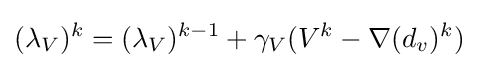
(\lambda _{V})^{k}=(\lambda _{V})^{k-1}+\gamma _{V}(V^{k}-\nabla (d_{v})^{k})